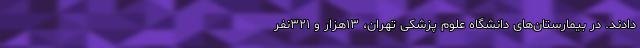
دادند. در بیمارستان‌های دانشگاه علوم پزشکی تهران، ۱۳هزار و ۳۲۱نفر